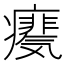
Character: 𪽺